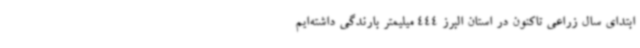
ابتدای سال زراعی تاکنون در استان البرز 444 میلیمتر بارندگی داشته‌ایم